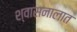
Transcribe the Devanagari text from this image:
श्वासनालात